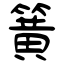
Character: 簧